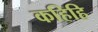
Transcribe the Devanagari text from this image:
कहिहि